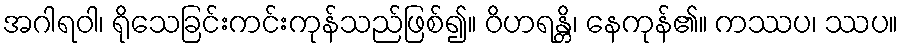
အဂါရဝါ၊ ရိုသေခြင်းကင်းကုန်သည်ဖြစ်၍။ ဝိဟရန္တိ၊ နေကုန်၏။ ကဿပ၊ ဿပ။